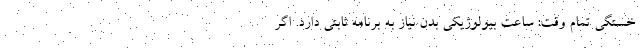
خستگی تمام وقت: ساعت بیولوژیکی بدن نیاز به برنامه ثابتی دارد. اگر